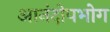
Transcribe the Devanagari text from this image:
आनंदोपभोग